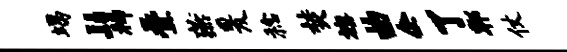
竭髫稀叠燕爰稔焚旗曲企了郫仗